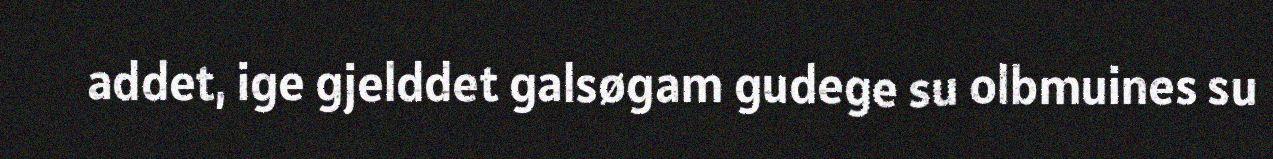
addet, ige gjelddet galsøgam gudege su olbmuines su